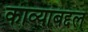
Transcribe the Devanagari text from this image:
काव्याबद्दल